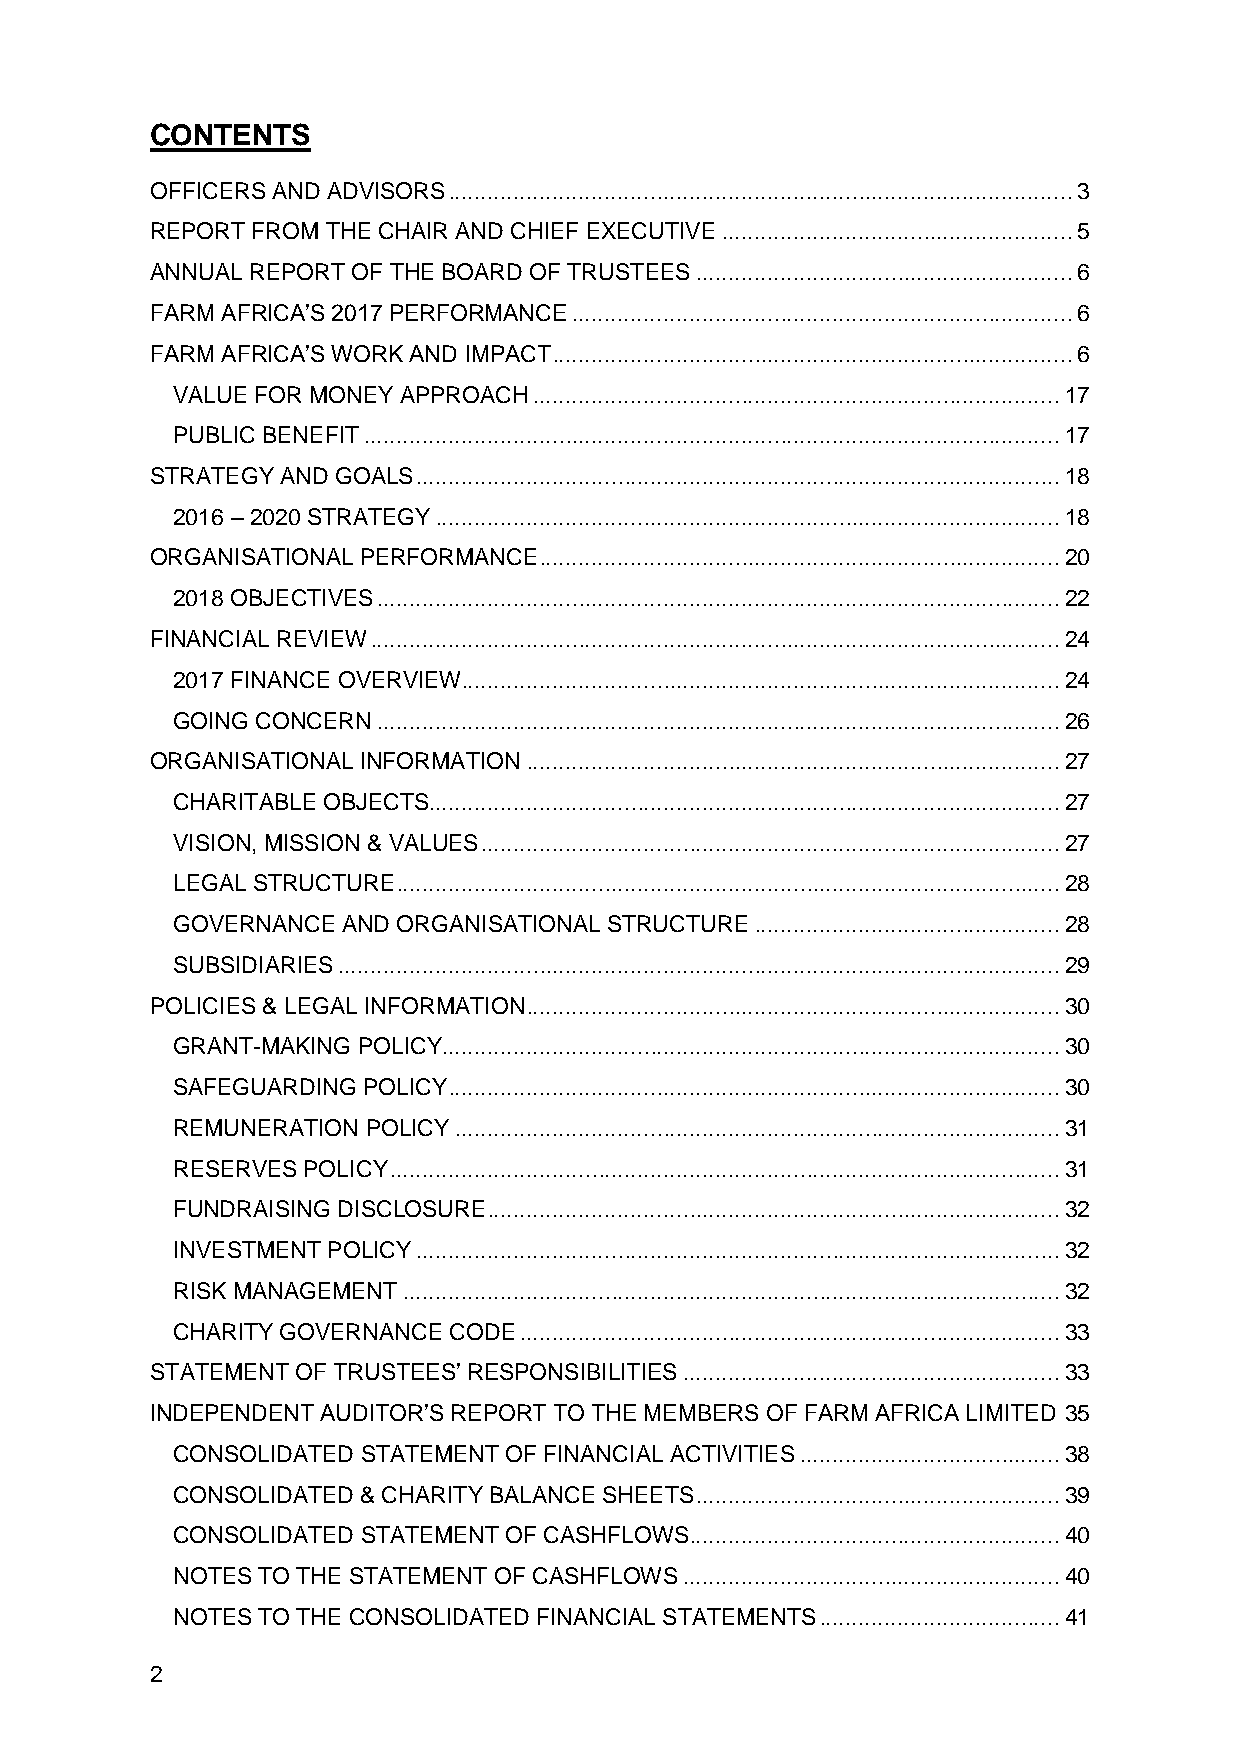
CONTENTS
 OFFICERS AND ADVISORS ................................................................................................ 3
 REPORT FROM THE CHAIR AND CHIEF EXECUTIVE ...................................................... 5
 ANNUAL REPORT OF THE BOARD OF TRUSTEES .......................................................... 6
 FARM AFRICA’S 2017 PERFORMANCE ............................................................................. 6
 FARM AFRICA’S WORK AND IMPACT ................................................................................ 6
 VALUE FOR MONEY APPROACH ................................................................................. 17
 PUBLIC BENEFIT ........................................................................................................... 17
 STRATEGY AND GOALS ................................................................................................... 18
 2016 – 2020 STRATEGY ................................................................................................ 18
 ORGANISATIONAL PERFORMANCE ................................................................................ 20
 2018 OBJECTIVES ......................................................................................................... 22
 FINANCIAL REVIEW .......................................................................................................... 24
 2017 FINANCE OVERVIEW ............................................................................................ 24
 GOING CONCERN ......................................................................................................... 26
 ORGANISATIONAL INFORMATION .................................................................................. 27
 CHARITABLE OBJECTS................................................................................................. 27
 VISION, MISSION & VALUES ......................................................................................... 27
 LEGAL STRUCTURE ...................................................................................................... 28
 GOVERNANCE  AND ORGANISATIONAL STRUCTURE ............................................... 28
 SUBSIDIARIES ............................................................................................................... 29
 POLICIES & LEGAL INFORMATION .................................................................................. 30
 GRANT-MAKING POLICY ............................................................................................... 30
 SAFEGUARDING POLICY .............................................................................................. 30
 REMUNERATION POLICY ............................................................................................. 31
 RESERVES POLICY ....................................................................................................... 31
 FUNDRAISING DISCLOSURE ........................................................................................ 32
 INVESTMENT POLICY ................................................................................................... 32
 RISK MANAGEMENT ..................................................................................................... 32
 CHARITY GOVERNANCE CODE ................................................................................... 33
 STATEMENT OF TRUSTEES’ RESPONSIBILITIES .......................................................... 33
 INDEPENDENT AUDITOR’S REPORT TO THE MEMBERS OF FARM AFRICA LIMITED 35
 CONSOLIDATED STATEMENT OF FINANCIAL ACTIVITIES ........................................ 38
 CONSOLIDATED & CHARITY BALANCE SHEETS ........................................................ 39
 CONSOLIDATED STATEMENT OF CASHFLOWS ......................................................... 40
 NOTES TO THE STATEMENT OF CASHFLOWS .......................................................... 40
 NOTES TO THE CONSOLIDATED FINANCIAL STATEMENTS ..................................... 41
 2